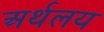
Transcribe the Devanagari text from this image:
अर्थलय